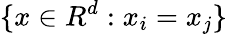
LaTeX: \{ x\in R^{d}:x_{i}=x_{j}\}